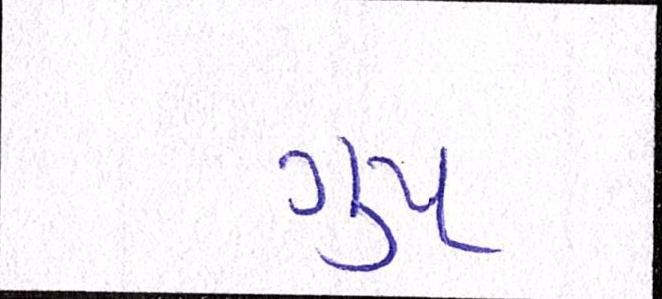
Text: ગૃપ